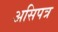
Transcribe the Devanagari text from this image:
असिपत्र